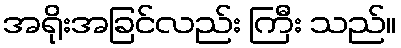
အရိုးအခြင်လည်း ကြီး သည်။